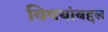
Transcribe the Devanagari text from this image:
विषयांबद्दल